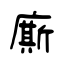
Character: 廝